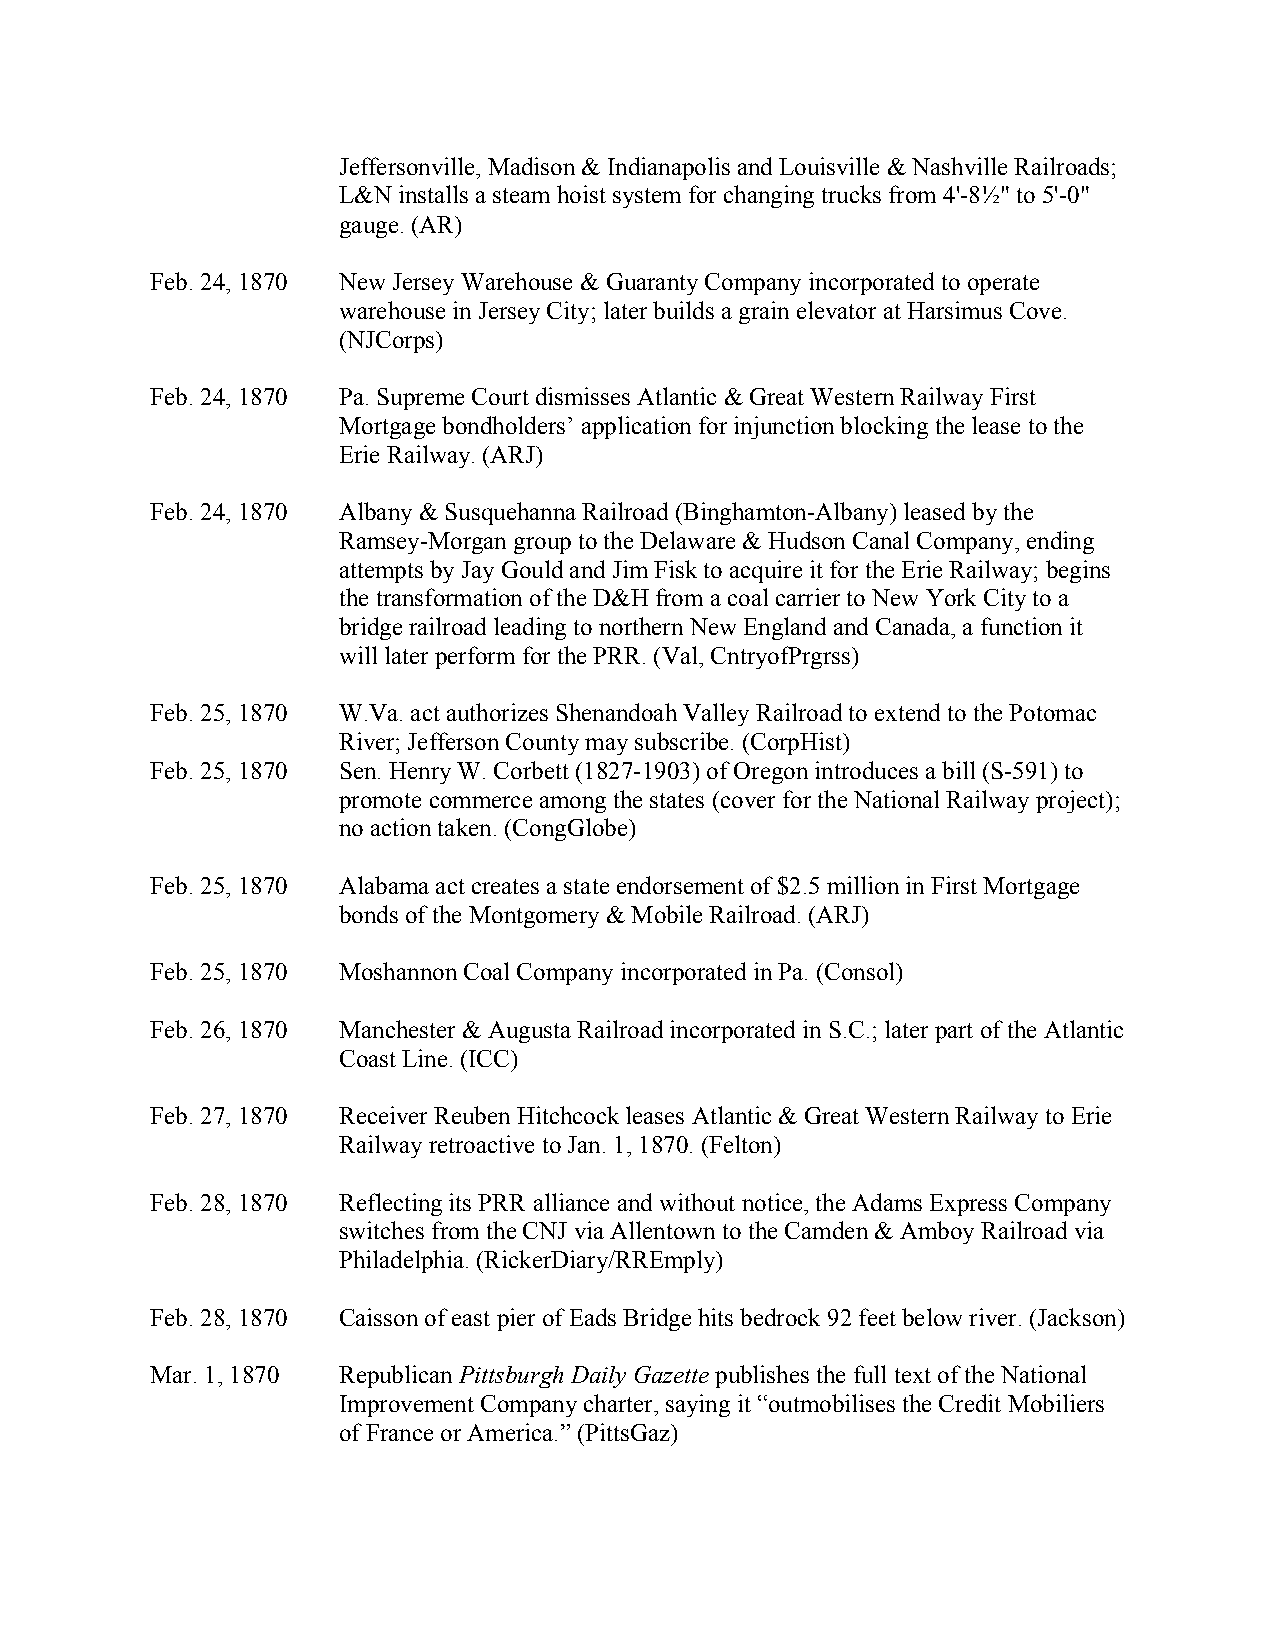
Jeffersonville, Madison & Indianapolis and Louisville & Nashville Railroads;
 L&N installs a steam hoist system for changing trucks from 4'-8½" to 5'-0"
 gauge. (AR)
 Feb. 24, 1870 New Jersey Warehouse & Guaranty Company incorporated to operate
 warehouse in Jersey City; later builds a grain elevator at Harsimus Cove.
 (NJCorps)
 Feb. 24, 1870 Pa. Supreme Court dismisses Atlantic & Great Western Railway First
 Mortgage bondholders’ application for injunction blocking the lease to the
 Erie Railway. (ARJ)
 Feb. 24, 1870 Albany & Susquehanna Railroad (Binghamton-Albany) leased by the
 Ramsey-Morgan group to the Delaware & Hudson Canal Company, ending
 attempts by Jay Gould and Jim Fisk to acquire it for the Erie Railway; begins
 the transformation of the D&H from a coal carrier to New York City to a
 bridge railroad leading to northern New England and Canada, a function it
 will later perform for the PRR. (Val, CntryofPrgrss)
 Feb. 25, 1870 W.Va. act authorizes Shenandoah Valley Railroad to extend to the Potomac
 River; Jefferson County may subscribe. (CorpHist)
 Feb. 25, 1870 Sen. Henry W. Corbett (1827-1903) of Oregon introduces a bill (S-591) to
 promote commerce among the states (cover for the National Railway project);
 no action taken. (CongGlobe)
 Feb. 25, 1870 Alabama act creates a state endorsement of $2.5 million in First Mortgage
 bonds of the Montgomery & Mobile Railroad. (ARJ)
 Feb. 25, 1870 Moshannon Coal Company incorporated in Pa. (Consol)
 Feb. 26, 1870 Manchester & Augusta Railroad incorporated in S.C.; later part of the Atlantic
 Coast Line. (ICC)
 Feb. 27, 1870 Receiver Reuben Hitchcock leases Atlantic & Great Western Railway to Erie
 Railway retroactive to Jan. 1, 1870. (Felton)
 Feb. 28, 1870 Reflecting its PRR alliance and without notice, the Adams Express Company
 switches from the CNJ via Allentown to the Camden & Amboy Railroad via
 Philadelphia. (RickerDiary/RREmply)
 Feb. 28, 1870 Caisson of east pier of Eads Bridge hits bedrock 92 feet below river. (Jackson)
 Mar. 1, 1870 Republican Pittsburgh Daily Gazette publishes the full text of the National
 Improvement Company charter, saying it “outmobilises the Credit Mobiliers
 of France or America.” (PittsGaz)